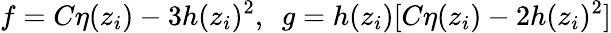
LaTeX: f=C\eta(z_{i})-3h(z_{i})^{2},~~g=h(z_{i})[C\eta(z_{i})-2h(z_{i})^{2}]